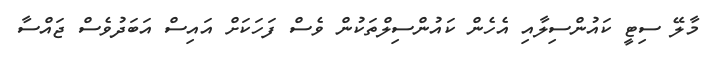
މާލޭ ސިޓީ ކައުންސިލާއި އެހެން ކައުންސިލްތަކުން ވެސް ފަހަކަށް އައިސް އަބަދުވެސް ޖައްސާ